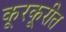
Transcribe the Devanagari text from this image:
कूरकूरीत